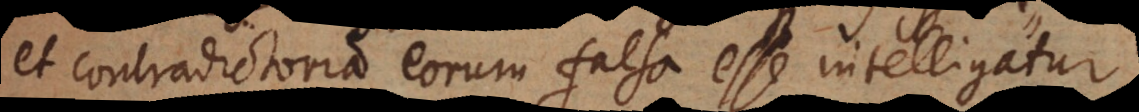
et contradictoria eorum falsa esse intelligatur.